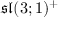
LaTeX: { \mathfrak { s l } } ( 3 ; 1 ) ^ { + }